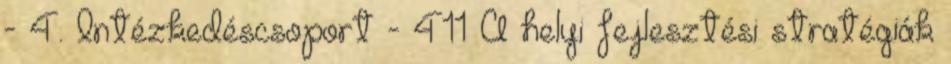
- 4. Intézkedéscsoport - 411 A helyi fejlesztési stratégiák